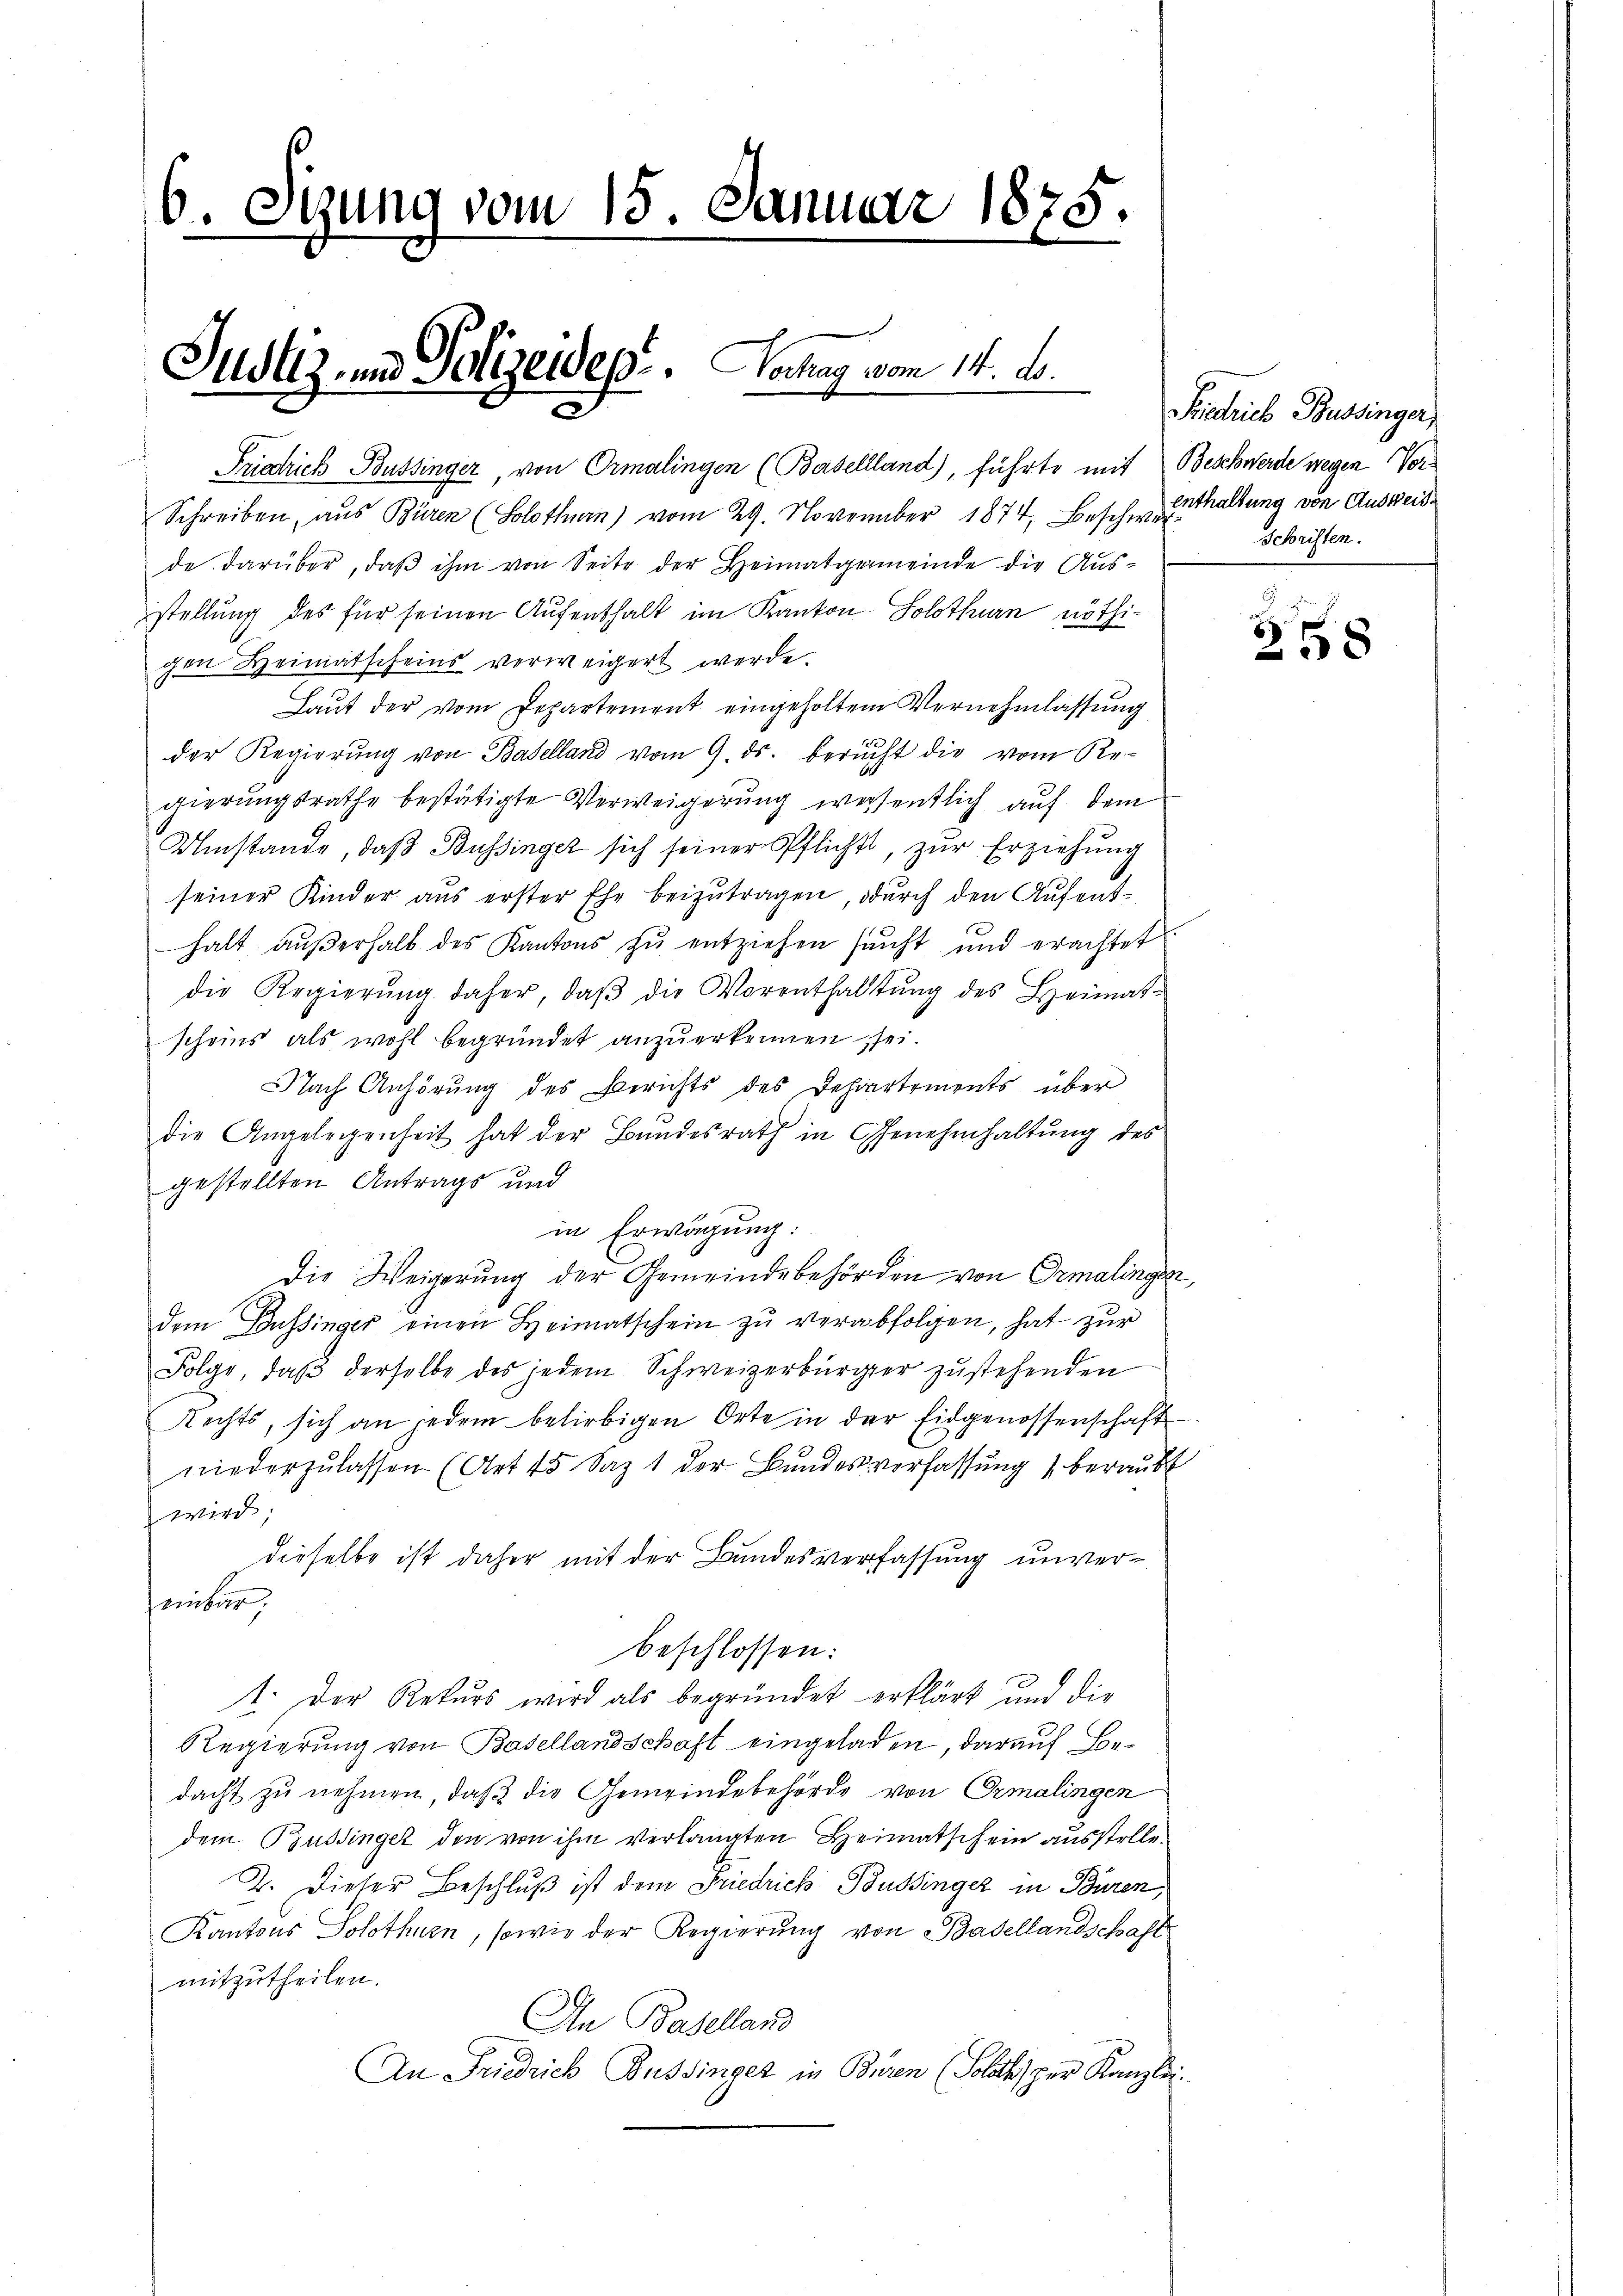
2

16. Ogung vom 15. Januar 1875.

Justiz- und Polizeidep. Hochag vom 14. d.

Friedrich Bussinger, von Ormalingen (Basellland), führte mit Beschwerde wegen Vor¬
Schreiben, aus Büren (Solothurn) vom 29. November 1874, Beschenthaltung von Ausweis-
de darüber, daβ ihm von Seite der Heimatgemeinde die Aŭs-
stellung des für seinen Aufenthalt im Kanton Solothurn nöthigen Heimatscheins verweigert werde.
Laut der vom Departement eingeholtem Vernehmlassung
der Regierung von Baselland vom 9. ds. berucht die vom Re-
gierungsrathe bestätigte Verweigerung wesentlich auf dem
Umstände, daβ Büssinger sich seiner Pflicht, zŭr Erziehung
seiner Kinder aus erster Ehe beizutragen, odurch den Aufenthalt aŭβerhalb des Kantons zŭ entziehen sacht und erachtet.
die Regierŭng daher, daβ die Vorenthaltŭng des Heimat-
scheins als wohl begründet anzuerkennen sei.
Nach Anhörung des Berichts des Departements über
die Angelegenheit hat der Bŭndesrath in Genehmhaltŭng des
gestellten Antrags und
in Erwägung:
Die Weigerung der Gemeindebehörden von Ormalingen,
dem Bussinger einen Heimatschein zŭ verabfolgen, hat zŭr
Folge, daβ derselbe des jedem Schweizerbürger zŭstehenden
Rechts, sich an jedem beliebigen Orte in der Eidgenossenschaft
niederzulassen (Art. 15 Saz 1 der Bundesverfassung beraubt
wird,
dieselbe ist daher mit der Bundesverfassung unvereiburg,
beschlossen:
1. Der Rekurs wird als begründet erklärt und die
Regierung von Basellandschaft eingeladen, darauf Bedacht zu nehmen, daß die Gemeindebehörde von Ormalingen
dem Bussinger den von ihm verlangten Heimatschein ausstelle¬
2. Dieser Beschluß ist dem Friedrich Bussinger in Büren,
Kantons Solothurn, sowie der Regierung von Basellandschaft
mitzutheilen.
An Baselland
An Friedrich Bussinger in Büren (Soldes per Kanzlei.

Friedrich Bussinger,
Schriften.

258